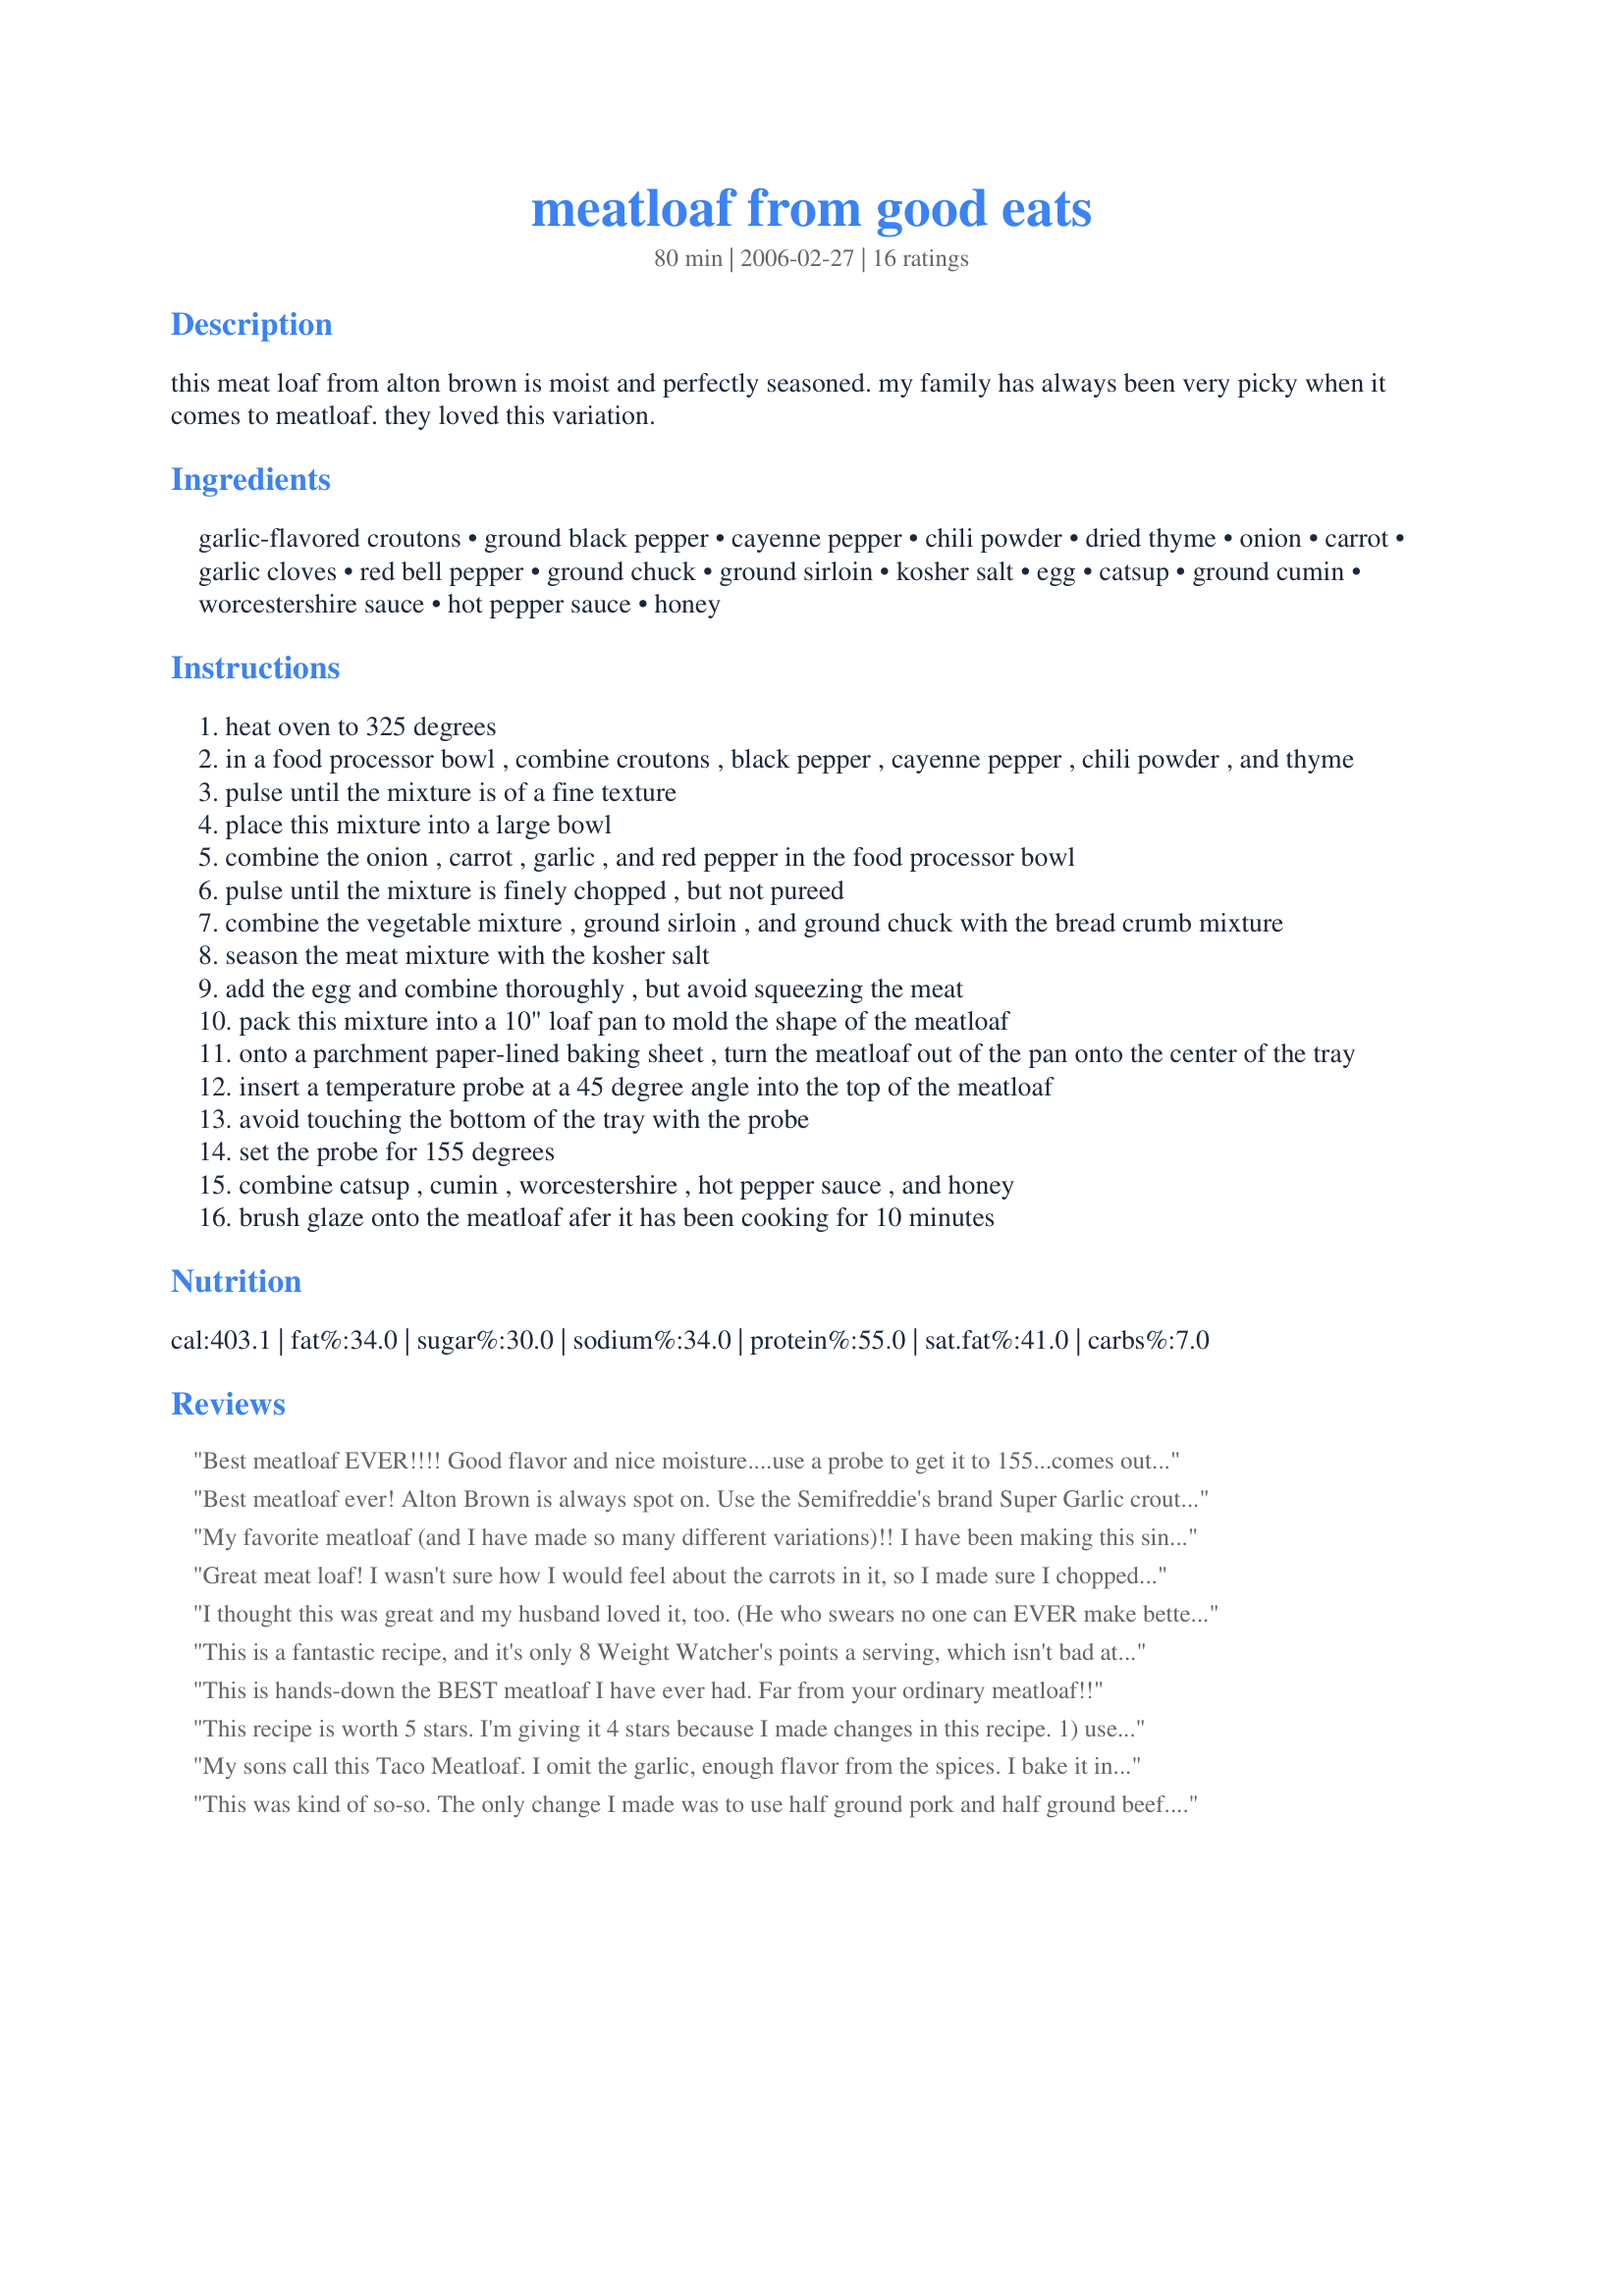
meatloaf from good eats
Preparation time: 80 minutes

this meat loaf from alton brown is moist and perfectly seasoned. my family has always been very picky when it comes to meatloaf. they loved this variation.

Ingredients:
garlic-flavored croutons, ground black pepper, cayenne pepper, chili powder, dried thyme, onion, carrot, garlic cloves, red bell pepper, ground chuck, ground sirloin, kosher salt, egg, catsup, ground cumin, worcestershire sauce, hot pepper sauce, honey

Steps:
heat oven to 325 degrees
in a food processor bowl , combine croutons , black pepper , cayenne pepper , chili powder , and thyme
pulse until the mixture is of a fine texture
place this mixture into a large bowl
combine the onion , carrot , garlic , and red pepper in the food processor bowl
pulse until the mixture is finely chopped , but not pureed
combine the vegetable mixture , ground sirloin , and ground chuck with the bread crumb mixture
season the meat mixture with the kosher salt
add the egg and combine thoroughly , but avoid squeezing the meat
pack this mixture into a 10" loaf pan to mold the shape of the meatloaf
onto a parchment paper-lined baking sheet , turn the meatloaf out of the pan onto the center of the tray
insert a temperature probe at a 45 degree angle into the top of the meatloaf
avoid touching the bottom of the tray with the probe
set the probe for 155 degrees
combine catsup , cumin , worcestershire , hot pepper sauce , and honey
brush glaze onto the meatloaf afer it has been cooking for 10 minutes

Reviews:
Best meatloaf EVER!!!! Good flavor and nice moisture....use a probe to get it to 155...comes out perfect!!!! Easy and satisfying! Happy cooking!!
Best meatloaf ever! Alton Brown is always spot on. Use the Semifreddie's brand Super Garlic croutons if you can get them - they're by far the best!
My favorite meatloaf (and I have made so many different variations)!! I have been making this since I saw the episode on the Food Network. I love the croutons and the glaze is fabulous!! It is a large loaf, so I freeze thick slices so that my DH can nuke and make a sandwich or whatever later. As far as the ground chuck/ground sirloin goes, I just use around 2 1/4 pounds of lean ground beef.
Great meat loaf! I wasn't sure how I would feel about the carrots in it, so I made sure I chopped the veggies as finely as possible without actually pureeing them. We loved the kick of the glaze, but I only added 1 teaspoon cumin (a tablespoon seemed like too much to me). I did bake it a bit longer. Very much enjoyed around here--thanks for posting the recipe!
I thought this was great and my husband loved it, too. (He who swears no one can EVER make better meatloaf or lasagna than his mother) He even commented a couple of times about how great it was and that he went back for seconds. I did make some changes but nothing too drastic. I only had lean ground beef so I used that. I didn't have enough garlic croutons so I toasted some bread and used that to make up the difference. Someone used up all my thyme (husband) so i used a mix of marjoram and basil, with an extra shake of basil thrown in (I like basil). I also added one of those small boxes of frozen spinach (thawed and squeezed very dry). I put that in the food processor with the garlic and other veggies. I did not have any bell peppers so I left that out. Also, in the sauce, I omitted the cumin, put a few shakes of ground ginger in instead (maybe a 1/4 to a 1/2 tsp), and added several dashes more of the hot sauce and worchestershire because I couldn't taste it in the mix. I baked mine at 350 for 30 minutes, then brushed the sauce on, then I baked it for another 50 minutes and it came out measuring 180 degrees. I probably could have bumped the heat down, or something for the last round of baking. Still it didn't seem overcooked. It was very good.
This is a fantastic recipe, and it's only 8 Weight Watcher's points a serving, which isn't bad at all for so much flavor. I like it with cauliflower "mashed potatoes" and some steamed peas. Just like grandma used to make, only healthier!
This is hands-down the BEST meatloaf I have ever had. Far from your ordinary meatloaf!!
This recipe is worth 5 stars. I'm giving it 4 stars because I made changes in this recipe. 1) used 32 oz mt. 2) used bread soft bread cubes, 3) cut back on the spices, because of the amount of mt. 4) used 2 eggs. 5) made mini meatloafs, baked in large muffin pan for 35 minutes.
this recipe is fantastic, the best meatloaf I ever had, moist and flavorful
My sons call this Taco Meatloaf. I omit the garlic, enough flavor from the spices.
I bake it in my Baparoma (Artisan French baking) non-stick pan.
This was kind of so-so. The only change I made was to use half ground pork and half ground beef. I thought that the thyme flavor was a bit too strong as well as the cumin in the glaze. The directions do not state how long to cook the meatloaf, but mine took about 1 hour and 45 minutes. I was getting tired of waiting, so I eventually turned up the heat to 375 degrees to bump up the cooking time.
This recipe works well for me. I usually use 1/2 ground beef and 1/2 ground pork and omit the cayenne and hot pepper sauce. You can "tune" the spices to suite your taste. Good quality ground meat on the lean side works best for me. The croutons can be left in their bag and worked with a rolling pin if you don't have a foor processor.
Texture was very good, but there were just too many flavours. IMO, the chili powder, thyme and cumin were just not a good combo in those quantities and it almost tasted like some sort of sweet hamburger curry... my hubby didn't even like it, and he usually wolfs down everything in sight. I will make this again, but I'll definitely omit the chili powder and halve the amount of cumin.
Really good! I used a mix of ground sirloin, 85/15 beef, and turkey. Also used tangy BBQ sauce instead of ketchup. I'll always go to AB for classic recipes like this! Thanks for posting.
This has always been my go-to meatloaf. Some advice though: The original recipe on foodnetwork.com calls for 1 teaspoon cumin, not 1 tablespoon. I used this recipe tonight (since I can save it in my recipe box) and noticed the glaze was a bit &quot;cumin-y&quot; -- just figured out why! X-D
Pretty tasty! I decided to make this at the last minute, so a few substitutions had to be made. I didn't have any croutons, so I used two pieces of dried bread (that were about to be turned into breadcrumbs) with a bit of garlic powder. I also only had 2lbs of 96/4 ground beef, so the end result was a little crumbly, but good nonetheless.
I've had this posted on site for a while. It truly is the best meatloaf recipe I've ever tasted. Thanks again, Alton!
